Scottish Certificate of Education, 1962
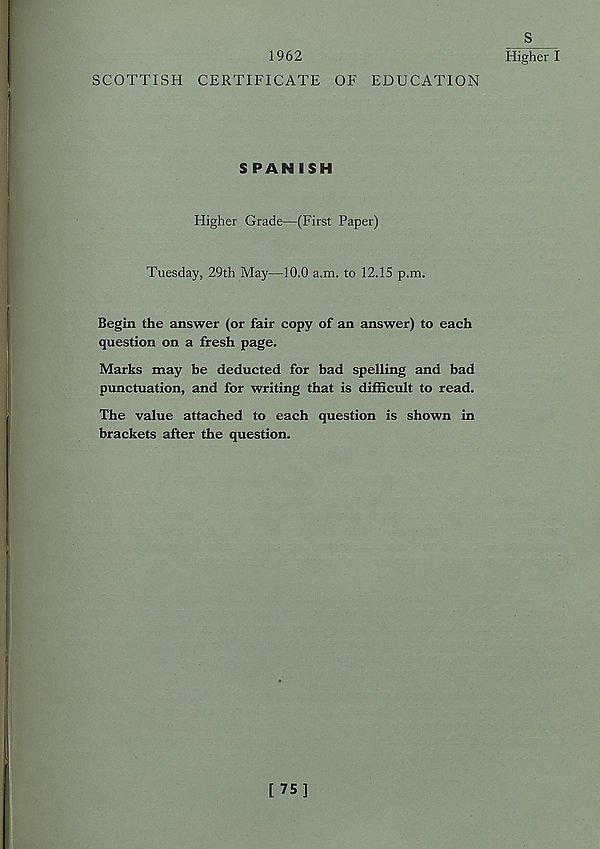
1962
SCOTTISH CERTIFICATE OF EDUCATION
Higher I
S PAN ISH
Higher Grade—(First Paper)
Tuesday, 29th May—10.0 a.m. to 12.15 p.m.
Begin the answer (or fair copy of an answer) to each
question on a fresh page.
Marks may be deducted for bad spelling and bad
punctuation, and for writing that is difficult to read.
The value attached to each question is shown in
brackets after the question.